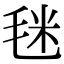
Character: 毩